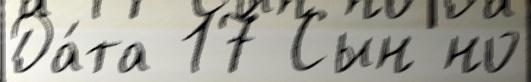
Да́та 17 Сын но